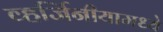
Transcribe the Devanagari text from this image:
व्हर्जिनीयामध्ये